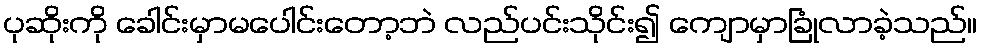
ပုဆိုးကို ခေါင်းမှာမပေါင်းတော့ဘဲ လည်ပင်းသိုင်း၍ ကျောမှာခြုံလာခဲ့သည်။